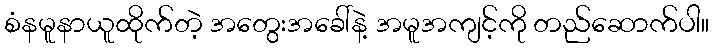
စံနမူနာယူထိုက်တဲ့ အတွေးအခေါ်နဲ့ အမူအကျင့်ကို တည်ဆောက်ပါ။